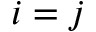
i = j